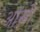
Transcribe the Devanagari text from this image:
ऑखों